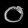
Digit: ၀